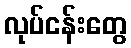
လုပ်ငန်းတွေ